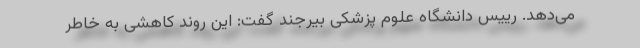
می‌دهد. رییس دانشگاه علوم پزشکی بیرجند گفت: این روند کاهشی به خاطر